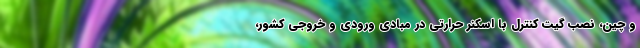
و چین، نصب گیت کنترل با اسکنر حرارتی در مبادی ورودی و خروجی کشور،